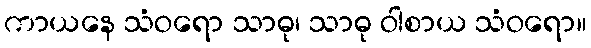
ကာယနေ သံဝရော သာဓု၊ သာဓု ဝါစာယ သံဝရော။